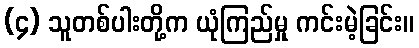
(၄) သူတစ်ပါးတို့က ယုံကြည်မှု ကင်းမဲ့ခြင်း။